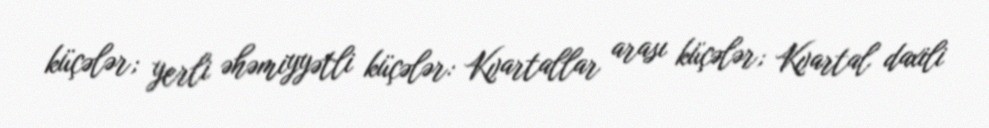
küçələr; yerli əhəmiyyətli küçələr: Kvartallar arası küçələr; Kvartal daxili